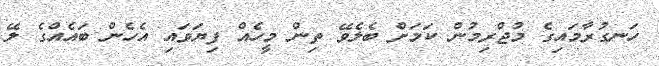
ހަނގުރާމައިގެ މުޖްރިމުން ކަމަށް ބެލެވޭ ތިން މީހެއް ފިޔަވައި އެހެން ބައެއްގެ ލޭ